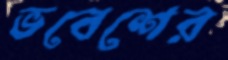
ভবেশের